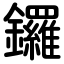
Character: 鑼